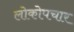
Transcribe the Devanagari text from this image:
लोकोपचार